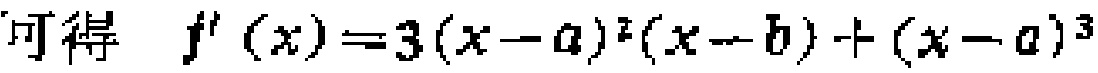
可得 \(f^{\prime}(x)=3(x - a)^{2}(x - b)+(x - a)^{3}\)